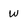
Character: w